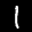
Label: 1